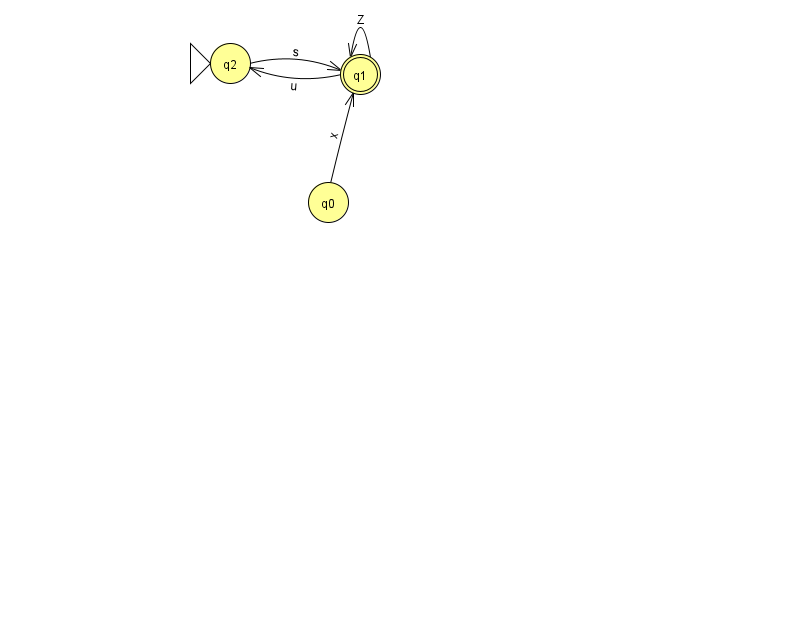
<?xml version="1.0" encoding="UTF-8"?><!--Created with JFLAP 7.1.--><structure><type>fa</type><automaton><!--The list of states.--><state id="0" name="q0"><x>328.0</x><y>189.0</y></state><state id="1" name="q1"><x>360.0</x><y>61.0</y><final/></state><state id="2" name="q2"><x>230.0</x><y>50.0</y><initial/></state><!--The list of transitions.--><transition><from>1</from><to>2</to><read>u</read></transition><transition><from>0</from><to>1</to><read>x</read></transition><transition><from>2</from><to>1</to><read>s</read></transition><transition><from>1</from><to>1</to><read>Z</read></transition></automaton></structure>